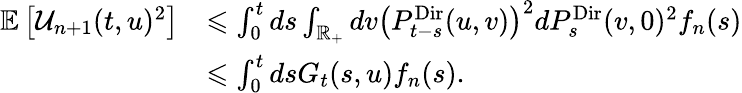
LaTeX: \begin{array}{rl}{\mathbb E\left[\mathcal{U}_{n+1}(t,u)^{2}\right]}&{\leqslant\int_{0}^{t}ds\int_{\mathbb R_{+}}dv\left(P_{t-s}^{\mathrm{Dir}}(u,v)\right)^{2}dP_{s}^{\mathrm{Dir}}(v,0)^{2}f_{n}(s)}\\ &{\leqslant\int_{0}^{t}dsG_{t}(s,u)f_{n}(s).}\end{array}